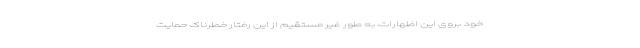
خود بروی این اظهارات، به طور غیر مستقیم از این رفتار خطرناک حمایت